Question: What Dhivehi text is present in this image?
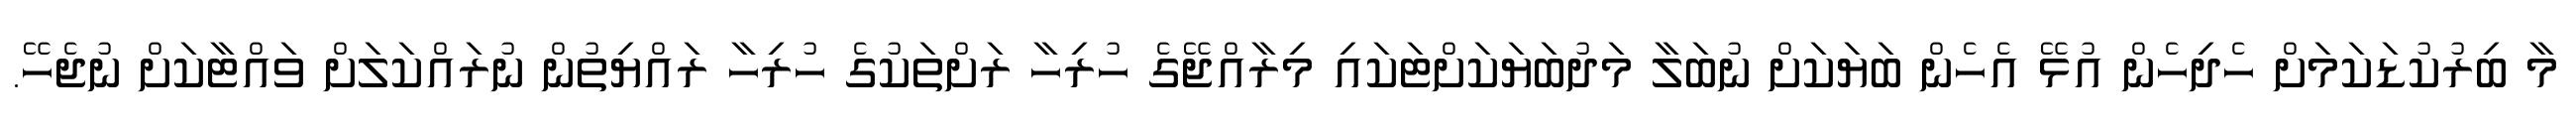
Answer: މާ ބިރުކުޑަކަމަށް ހެދިހެން އުޅޭ އެހެން ބަޔަކަށް ނުބަލާ މަދުބަޔަކަށްޓަކައި މިރާއްޖޭގެ ހުރިހާ ރަށްތަކުގެ ހުރިހާ ރައްޔިތުން ނުރައްކަލަށް ވައްޓާކަށް ނުޖެހޭ.